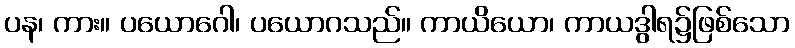
ပန၊ ကား။ ပယောဂေါ၊ ပယောဂသည်။ ကာယိယော၊ ကာယဒွါရ၌ဖြစ်သော